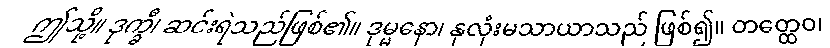
ဤသို့။ ဒုက္ခီ၊ ဆင်းရဲသည်ဖြစ်၏။ ဒုမ္မနော၊ နှလုံးမသာယာသည် ဖြစ်၍။ တတ္ထေဝ၊